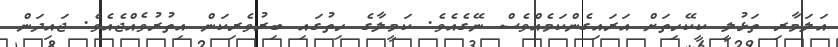
އަލަމާރި ތަޅުލީ ކީކޭހިތަށް އަރައިގެންކަމެއްވެސް ނޭގެއެވެ. ކަމީލާގެ ހިތުގައި ބިރުވެރިކަން އިތުރުވެއްޖެއެވެ. ޖައިދަން